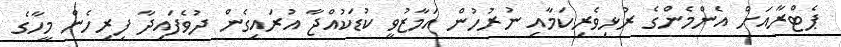
ޕެޓްރާއަށް އެންމެންގެ ރުޅިވެރިކަމާއި ނުރުހުން އަމާޒުވީ ކުޑަކުއްޖާ އުރައިގެން ދުވެފައިދާ ފިރިހެން މީހާގެ